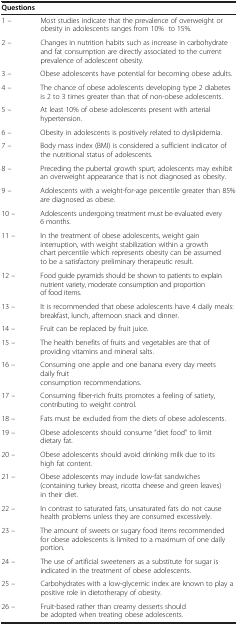
| <COLSPAN=2> Questions |
 | --- | --- |
 | 1 – | Most studies indicate that the prevalence of overweight or obesity in adolescents ranges from 10% to 15%. |
 | 2 – | Changes in nutrition habits such as increase in carbohydrate and fat consumption are directly associated to the current prevalence of adolescent obesity. |
 | 3 – | Obese adolescents have potential for becoming obese adults. |
 | 4 – | The chance of obese adolescents developing type 2 diabetes is 2 to 3 times greater than that of non-obese adolescents. |
 | 5 – | At least 10% of obese adolescents present with arterial hypertension. |
 | 6 – | Obesity in adolescents is positively related to dyslipidemia. |
 | 7 – | Body mass index (BMI) is considered a sufficient indicator of the nutritional status of adolescents. |
 | 8 – | Preceding the pubertal growth spurt, adolescents may exhibit an overweight appearance that is not diagnosed as obesity. |
 | 9 – | Adolescents with a weight-for-age percentile greater than 85% are diagnosed as obese. |
 | 10 – | Adolescents undergoing treatment must be evaluated every 6 months. |
 | 11 – | In the treatment of obese adolescents, weight gain interruption, with weight stabilization within a growth chart percentile which represents obesity can be assumed to be a satisfactory preliminary therapeutic result. |
 | 12 – | Food guide pyramids should be shown to patients to explain nutrient variety, moderate consumption and proportion of food items. |
 | 13 – | It is recommended that obese adolescents have 4 daily meals: breakfast, lunch, afternoon snack and dinner. |
 | 14 – | Fruit can be replaced by fruit juice. |
 | 15 – | The health benefits of fruits and vegetables are that of providing vitamins and mineral salts. |
 | 16 – | Consuming one apple and one banana every day meets daily fruit consumption recommendations. |
 | 17 – | Consuming fiber-rich fruits promotes a feeling of satiety, contributing to weight control. |
 | 18 – | Fats must be excluded from the diets of obese adolescents. |
 | 19 – | Obese adolescents should consume “diet food” to limit dietary fat. |
 | 20 – | Obese adolescents should avoid drinking milk due to its high fat content. |
 | 21 – | Obese adolescents may include low-fat sandwiches (containing turkey breast, ricotta cheese and green leaves) in their diet. |
 | 22 – | In contrast to saturated fats, unsaturated fats do not cause health problems unless they are consumed excessively. |
 | 23 – | The amount of sweets or sugary food items recommended for obese adolescents is limited to a maximum of one daily portion. |
 | 24 – | The use of artificial sweeteners as a substitute for sugar is indicated in the treatment of obese adolescents. |
 | 25 – | Carbohydrates with a low-glycemic index are known to play a positive role in dietotherapy of obesity. |
 | 26 – | Fruit-based rather than creamy desserts should be adopted when treating obese adolescents. |